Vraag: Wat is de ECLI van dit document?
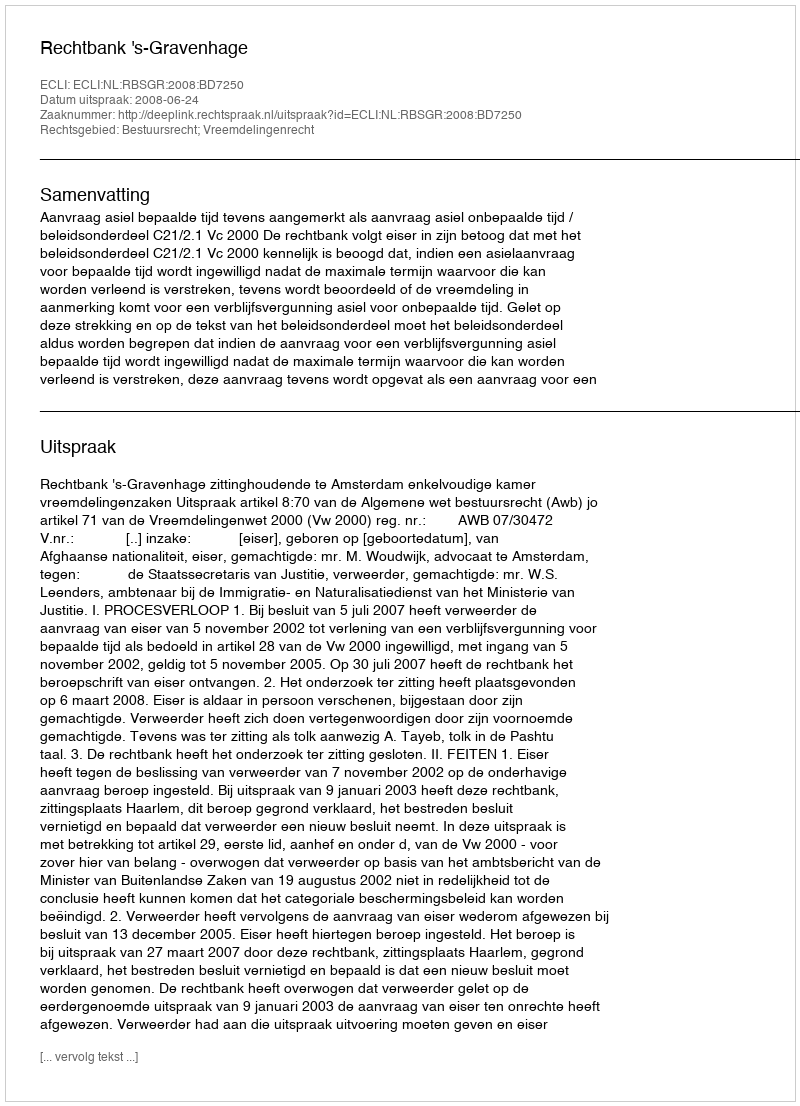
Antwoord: ECLI:NL:RBSGR:2008:BD7250